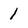
Character: 1